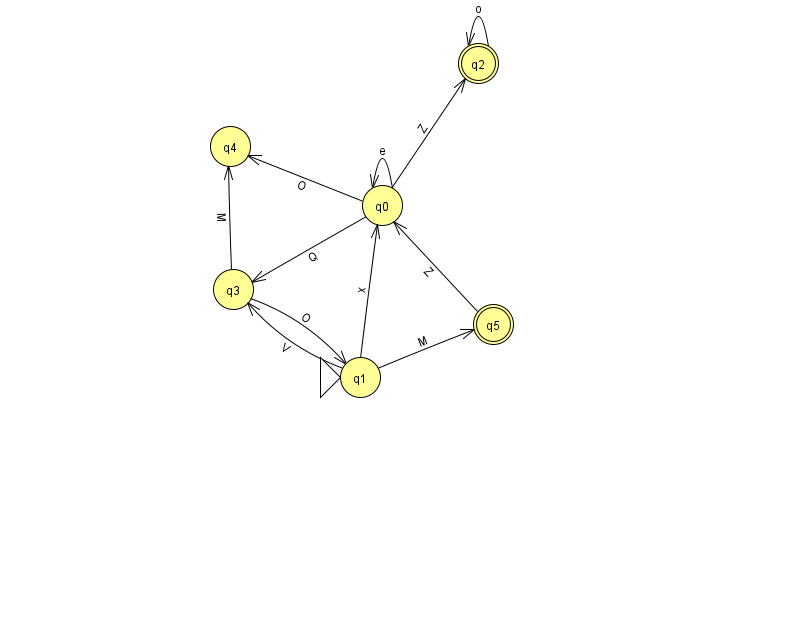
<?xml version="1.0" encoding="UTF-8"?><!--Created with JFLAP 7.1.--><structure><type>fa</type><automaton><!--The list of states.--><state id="0" name="q0"><x>382.0</x><y>192.0</y></state><state id="1" name="q1"><x>360.0</x><y>364.0</y><initial/></state><state id="2" name="q2"><x>478.0</x><y>50.0</y><final/></state><state id="3" name="q3"><x>233.0</x><y>276.0</y></state><state id="4" name="q4"><x>230.0</x><y>133.0</y></state><state id="5" name="q5"><x>493.0</x><y>311.0</y><final/></state><!--The list of transitions.--><transition><from>1</from><to>3</to><read>V</read></transition><transition><from>0</from><to>2</to><read>Z</read></transition><transition><from>1</from><to>5</to><read>M</read></transition><transition><from>0</from><to>0</to><read>e</read></transition><transition><from>0</from><to>4</to><read>O</read></transition><transition><from>1</from><to>0</to><read>x</read></transition><transition><from>0</from><to>3</to><read>Q</read></transition><transition><from>3</from><to>1</to><read>O</read></transition><transition><from>3</from><to>4</to><read>M</read></transition><transition><from>5</from><to>0</to><read>Z</read></transition><transition><from>2</from><to>2</to><read>o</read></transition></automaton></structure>